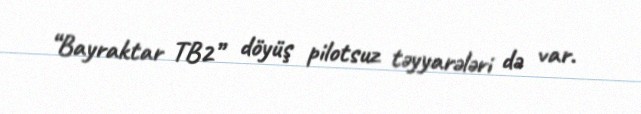
“Bayraktar TB2” döyüş pilotsuz təyyarələri də var.